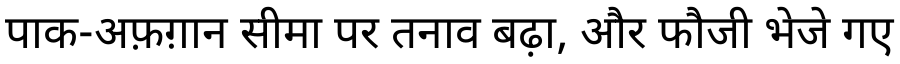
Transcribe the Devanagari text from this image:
पाक-अफ़ग़ान सीमा पर तनाव बढ़ा, और फौजी भेजे गए